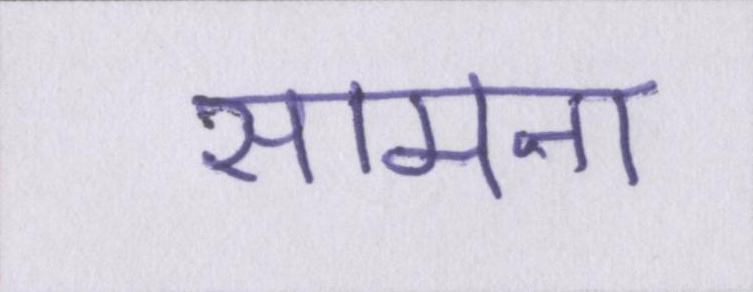
सामना